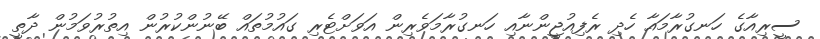
ސީރިއާގެ ހަނގުރާމައާ ހެދި ރެފިއުޖީންނާއި ހަނގުރާމަވެރިން އަވަށްޓެރި ގައުމުތައް ބޭނުންކުރުން އިތުރުވަމުން ދާތީ